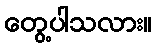
တွေ့ပါသလား။